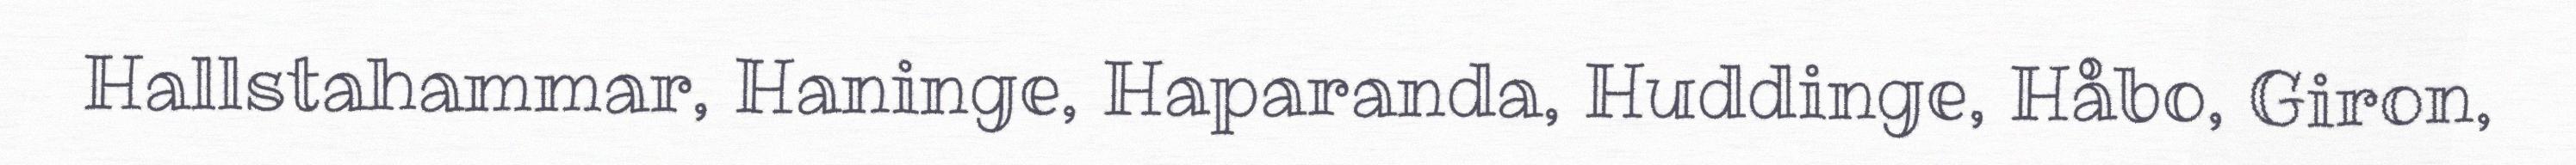
Hallstahammar, Haninge, Haparanda, Huddinge, Håbo, Giron,